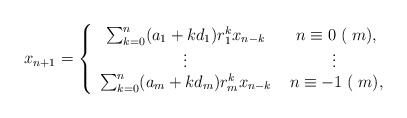
\begin{align*}x_{n+1} = \left\{\begin{array}{cc}\sum_{k=0}^n(a_1+kd_1)r_1^kx_{n-k} &\; n\equiv0 \;(\; m),\\\vdots&\vdots\\\sum_{k=0}^n(a_m+kd_m)r_m^kx_{n-k}&\; n\equiv -1 \;(\; m),\end{array}\right.\end{align*}